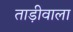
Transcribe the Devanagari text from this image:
ताड़ीवाला